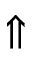
\Uparrow